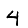
Digit: 4